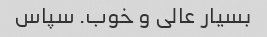
بسیار عالی و خوب. سپاس